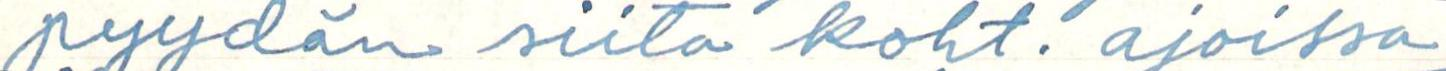
pyydän siitä koht. ajoissa